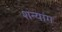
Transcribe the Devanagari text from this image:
शन्यांग